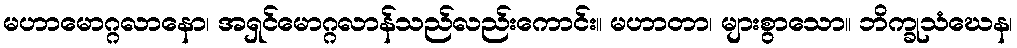
မဟာမောဂ္ဂလာနော၊ အရှင်မောဂ္ဂလာန်သည်လည်းကောင်း။ မဟာတာ၊ များစွာသော။ ဘိက္ခုသံဃေန၊